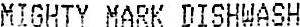
MIGHTY MARK DISHWASH